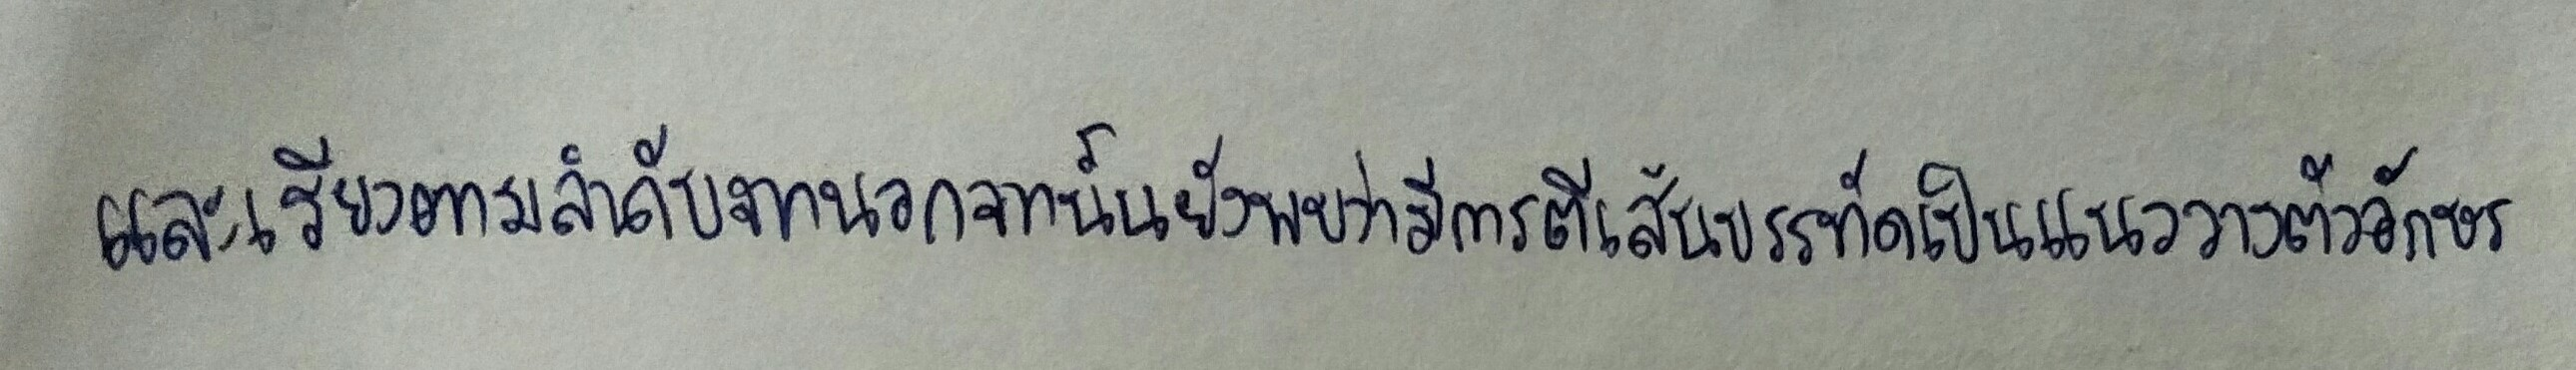
และเรียงตามลำดับจากนอกจากนั้นยังพบว่ามีการตีเส้นบรรทัดเป็นแนววางตัวอักษร